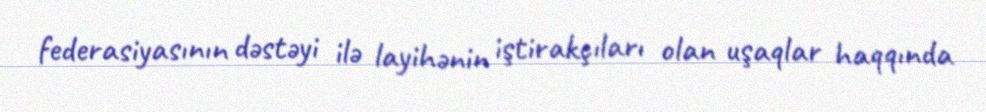
federasiyasının dəstəyi ilə layihənin iştirakçıları olan uşaqlar haqqında